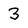
Character: 3